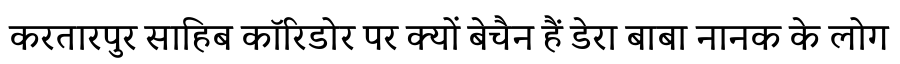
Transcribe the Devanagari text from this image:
करतारपुर साहिब कॉरिडोर पर क्यों बेचैन हैं डेरा बाबा नानक के लोग